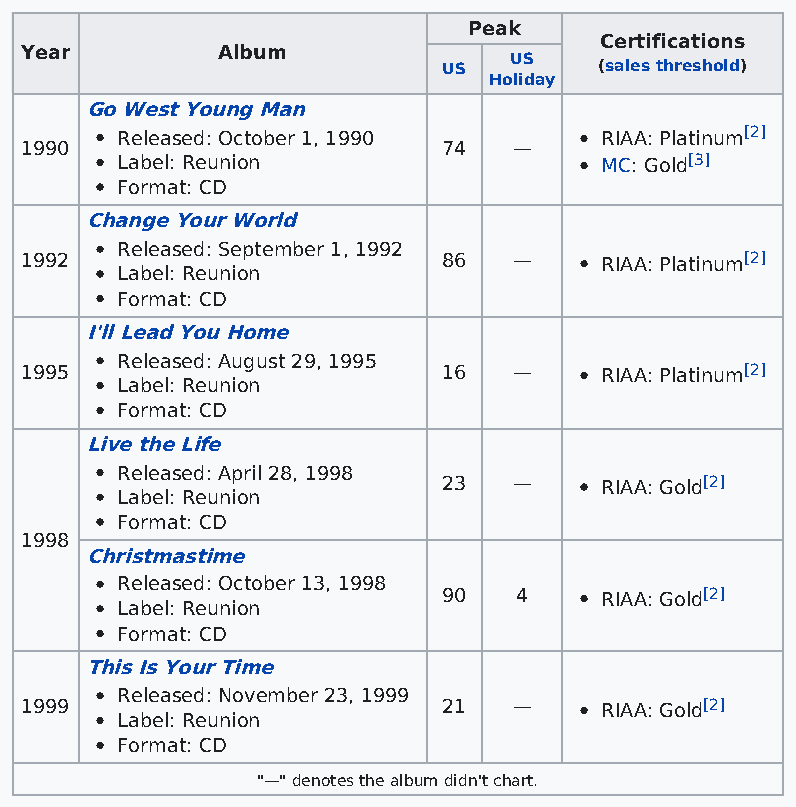
Peak
 Certifications
 Year         Album
 US
 US         (sales threshold)
 Holiday
 Go West Young Man
 Released: October 1, 1990       RIAA: Platinum[2]
 1990                        74   —
 Label: Reunion                  MC: Gold[3]
 Format: CD
 Change Your World
 Released: September 1, 1992
 1992                        86   —     RIAA: Platinum[2]
 Label: Reunion
 Format: CD
 I'll Lead You Home
 Released: August 29, 1995
 1995                        16   —     RIAA: Platinum[2]
 Label: Reunion
 Format: CD
 Live the Life
 Released: April 28, 1998
 23   —     RIAA: Gold[2]
 Label: Reunion
 Format: CD
 1998
 Christmastime
 Released: October 13, 1998
 90   4     RIAA: Gold[2]
 Label: Reunion
 Format: CD
 This Is Your Time
 Released: November 23, 1999
 1999                        21   —     RIAA: Gold[2]
 Label: Reunion
 Format: CD
 "—" denotes the album didn't chart.